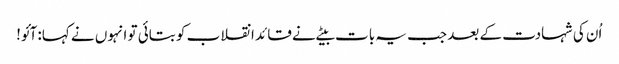
اُن کی شہادت کے بعد جب یہ بات بیٹے نے قائد انقلاب کو بتائی تو انہوں نے کہا: آئو!